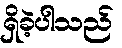
ရှိခဲ့ပါသည်